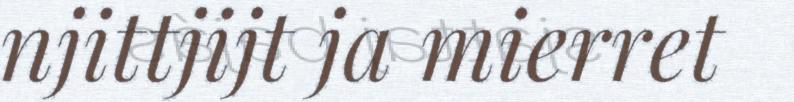
njittjijt ja mierret